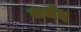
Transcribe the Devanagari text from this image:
मर्चंद